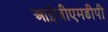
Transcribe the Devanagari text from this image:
आईजीएमडीपी